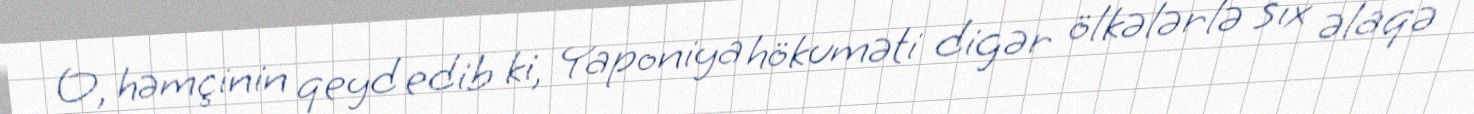
O, həmçinin qeyd edib ki, Yaponiya hökuməti digər ölkələrlə sıx əlaqə